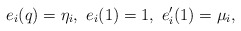
\begin{align*}e_i(q)=\eta_i,\ e_i(1)=1,\ e_i'(1)=\mu_i,\end{align*}